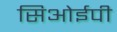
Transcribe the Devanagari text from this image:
सिओईपी